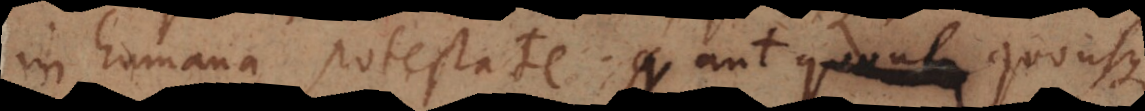
in humana potestate; aut quousque